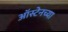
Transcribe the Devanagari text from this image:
ऑस्टेनच्या